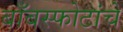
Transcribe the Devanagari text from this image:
बाँबस्फोटांचे